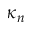
\kappa _ { n }